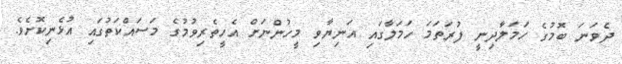
ދެވަނަ ބޮމުގެ ހަމަލާދިނީ ފުރަތަމަ ހަމަލާގައި އަނިޔާވި މީހުންނަށް އެހީތެރިވުމުގެ މަސައްކަތުގައި އުޅެނިކޮށެވެ.